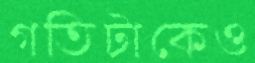
গতিটাকেও